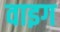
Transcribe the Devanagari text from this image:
वाइग